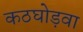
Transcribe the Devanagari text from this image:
कठघोड़वा